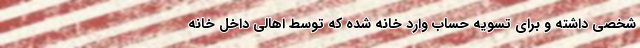
شخصی داشته و برای تسویه حساب وارد خانه شده که توسط اهالی داخل خانه